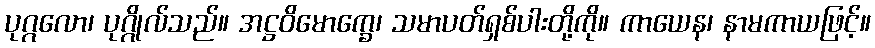
ပုဂ္ဂလော၊ ပုဂ္ဂိုလ်သည်။ အဋ္ဌဝိမောက္ခေ၊ သမာပတ်ရှစ်ပါးတို့ကို။ ကာယေန၊ နာမကာယဖြင့်။